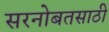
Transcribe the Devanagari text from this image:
सरनोबतसाठी